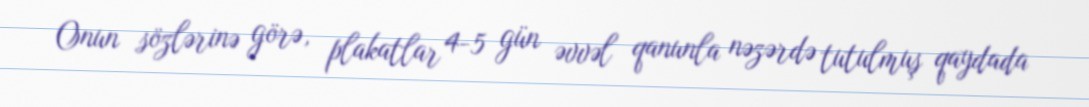
Onun sözlərinə görə, plakatlar 4-5 gün əvvəl qanunla nəzərdə tutulmuş qaydada